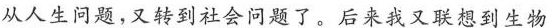
从人生问题，又转到社会问题了。后来我又联想到生物